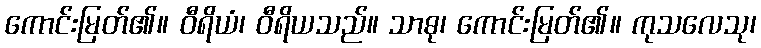
ကောင်းမြတ်၏။ ဝီရိယံ၊ ဝီရိယသည်။ သာဓု၊ ကောင်းမြတ်၏။ ကုသလေသု၊